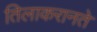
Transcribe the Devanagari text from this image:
तिलाकरानते